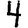
Digit: 4